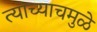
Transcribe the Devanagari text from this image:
त्यांच्याचमुळे